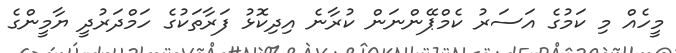
މީހެއް މި ކަމުގެ އަސަރު ކެމްޕޭންނަން ކުރާނެ އިދިކޮޅު ފަރާތަކުގެ ހަމްދަރުދީ ޔާމީންގެ